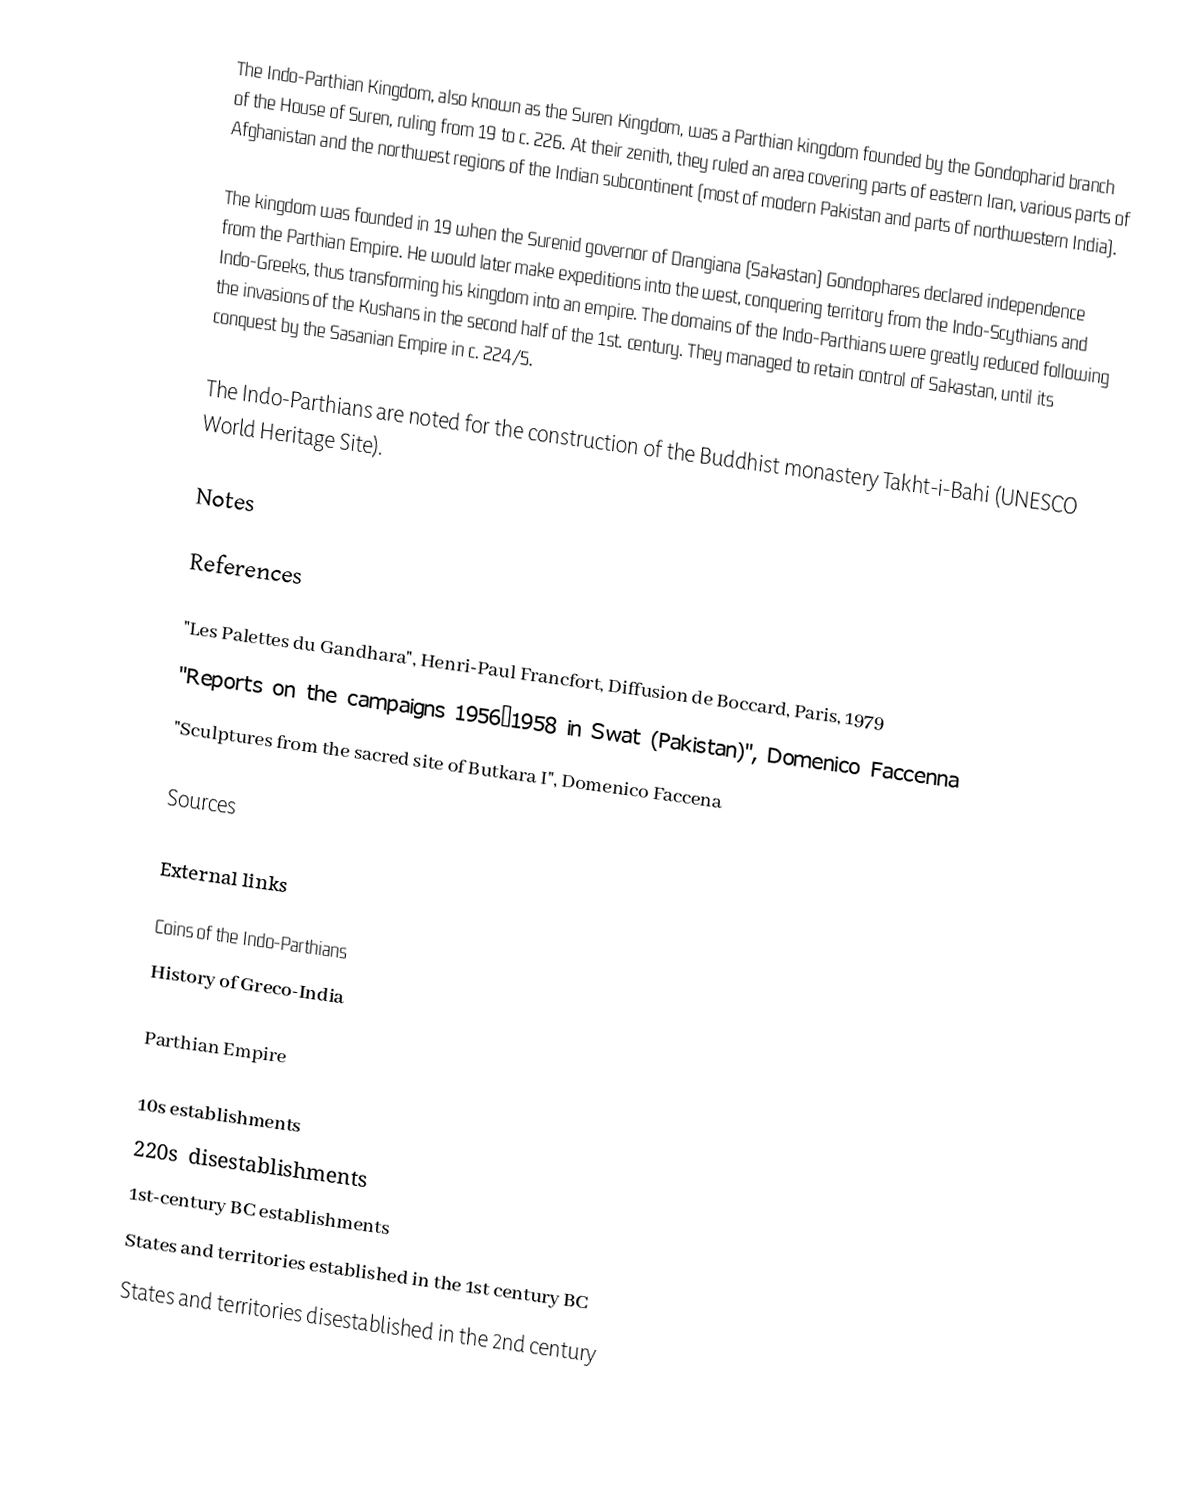
The Indo-Parthian Kingdom, also known as the Suren Kingdom, was a Parthian kingdom founded by the Gondopharid branch of the House of Suren, ruling from 19 to c. 226. At their zenith, they ruled an area covering parts of eastern Iran, various parts of Afghanistan and the northwest regions of the Indian subcontinent (most of modern Pakistan and parts of northwestern India).

The kingdom was founded in 19 when the Surenid governor of Drangiana (Sakastan) Gondophares declared independence from the Parthian Empire. He would later make expeditions into the west, conquering territory from the Indo-Scythians and Indo-Greeks, thus transforming his kingdom into an empire. The domains of the Indo-Parthians were greatly reduced following the invasions of the Kushans in the second half of the 1st. century. They managed to retain control of Sakastan, until its conquest by the Sasanian Empire in c. 224/5.

The Indo-Parthians are noted for the construction of the Buddhist monastery Takht-i-Bahi (UNESCO World Heritage Site).

Notes

References

 "Les Palettes du Gandhara", Henri-Paul Francfort, Diffusion de Boccard, Paris, 1979
 "Reports on the campaigns 1956–1958 in Swat (Pakistan)", Domenico Faccenna
 "Sculptures from the sacred site of Butkara I", Domenico Faccena

Sources

External links

 Coins of the Indo-Parthians
 History of Greco-India

Parthian Empire

10s establishments
220s disestablishments
1st-century BC establishments
States and territories established in the 1st century BC
States and territories disestablished in the 2nd century